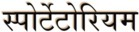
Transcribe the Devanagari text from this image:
स्पोर्टेटोरियम